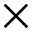
\times